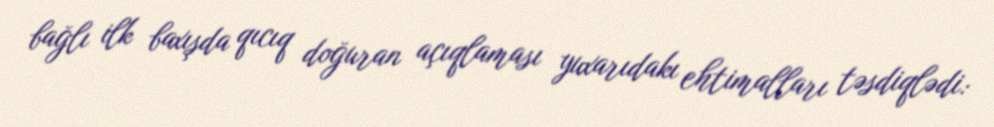
bağlı ilk baxışda qıcıq doğuran açıqlaması yuxarıdakı ehtimalları təsdiqlədi: